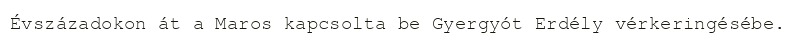
Évszázadokon át a Maros kapcsolta be Gyergyót Erdély vérkeringésébe.